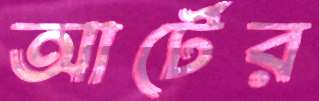
আর্টের